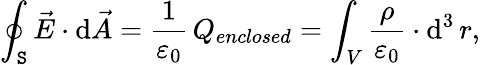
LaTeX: \oint_{\mathtt{S}}{\vec{{E}}}\cdot\mathrm{{d}}{\vec{{A}}}={\frac{{1}}{{\varepsilon_{0}}}}\, Q_{enclosed}=\int_{V}{\frac{{\rho}}{{\varepsilon_{0}}}}\cdot\operatorname{d}^{3}r,